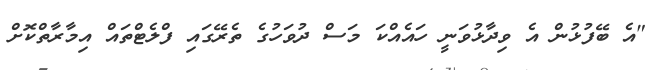
"އެ ބޭފުޅުން އެ ވިދާޅުވަނީ ހައެއްކަ މަސް ދުވަހުގެ ތެރޭގައި ފްލެޓްތައް އިމާރާތްކޮށް